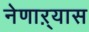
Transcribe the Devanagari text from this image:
नेणाऱ्यास